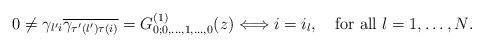
LaTeX: \begin{align*}0\neq \gamma_{l'i}\overline{\gamma_{\tau'\left(l'\right)\tau(i)}} =G^{\left(1\right)}_{0;0, \dots,1,\dots, 0}(z)\Longleftrightarrow i=i_{l},\quad\mbox{for all $l=1,\dots,N$.} \end{align*}